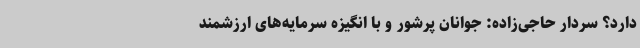
دارد؟ سردار حاجی‌زاده: جوانان پرشور و با انگیزه سرمایه‌های ارزشمند